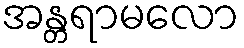
အန္တရာမလော